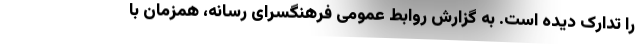
را تدارک دیده است. به گزارش روابط عمومی فرهنگسرای رسانه، همزمان با